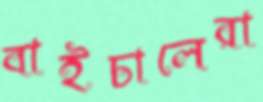
বাইচালেরা